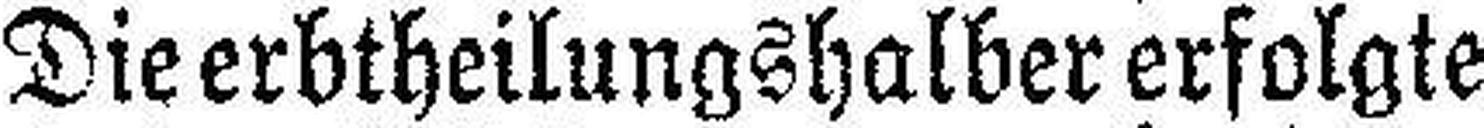
Die erbtheilungshalber erfolgte